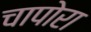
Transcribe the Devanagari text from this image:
चापोरा